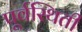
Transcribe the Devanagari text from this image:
पूर्वस्थिती